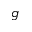
g